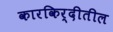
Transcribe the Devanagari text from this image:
कारकिर्दीतील